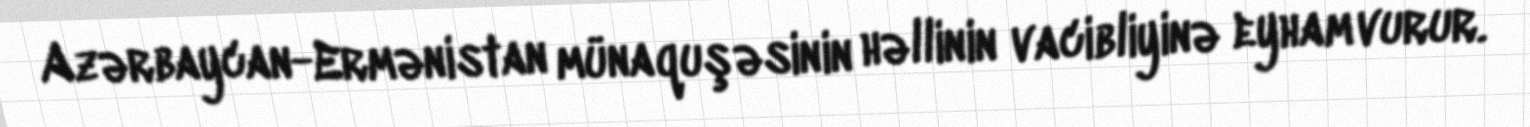
Azərbaycan-Ermənistan münaquşəsinin həllinin vacibliyinə eyham vurur.